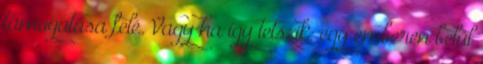
támogatása felé. Vagy ha így tetszik: egy emberen belül